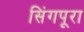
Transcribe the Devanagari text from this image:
सिंगपूरा